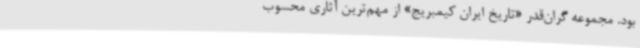
بود. مجموعه گران‌قدر «تاریخ ایران کیمبریج» از مهم‌ترین آثاری محسوب